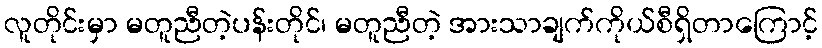
လူတိုင်းမှာ မတူညီတဲ့ပန်းတိုင်၊ မတူညီတဲ့ အားသာချက်ကိုယ်စီရှိတာကြောင့်